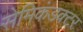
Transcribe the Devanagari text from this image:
सेमिकंडक्टर